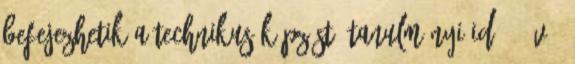
befejezhetik a technikus képzést. Tanulmányi idő 5 év 4